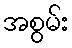
အစွမ်း